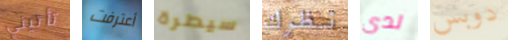
تأتيني أعترفت سيطرة نظرك لدي دوبس